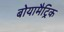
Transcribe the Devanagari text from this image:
बोयामैट्रिक